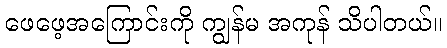
ဖေဖေ့အကြောင်းကို ကျွန်မ အကုန် သိပါတယ်။